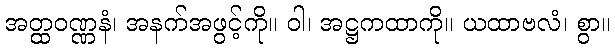
အတ္ထဝဏ္ဏနံ၊ အနက်အဖွင့်ကို။ ဝါ၊ အဋ္ဌကထာကို။ ယထာဗလံ၊ စွာ။